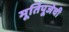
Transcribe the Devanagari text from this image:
मूर्तिपूजेची